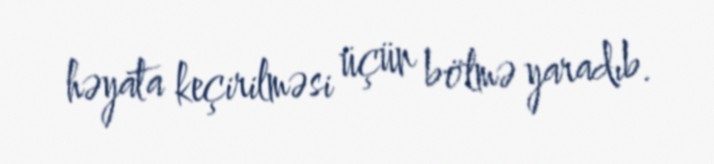
həyata keçirilməsi üçün bölmə yaradıb.